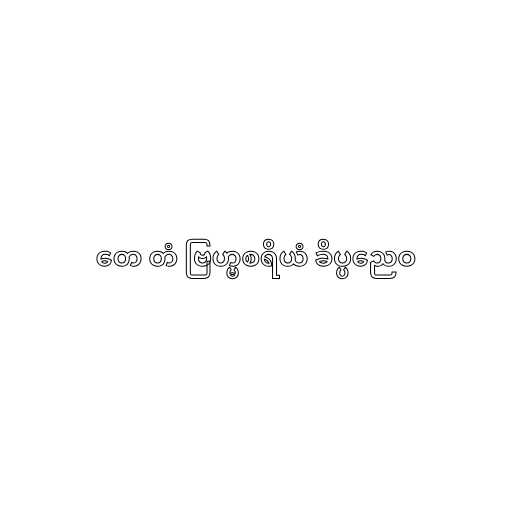
တေ တံ ဗြဟ္မစရိယံ ခိပ္ပညေဝ